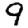
Digit: 9